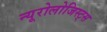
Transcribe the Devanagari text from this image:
न्यूरोलोजिस्ट्स